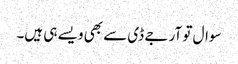
سوال تو آر جے ڈی سے بھی ویسے ہی ہیں۔